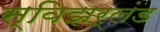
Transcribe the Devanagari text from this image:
स्विझर्लंड